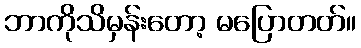
ဘာကိုသိမှန်းတော့ မပြောတတ်။